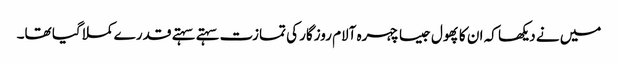
میں نے دیکھا کہ ان کا پھول جیسا چہرہ آلام روزگار کی تمازت سہتے سہتے قدر ے کملا گیا تھا۔